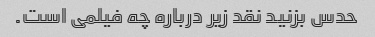
حدس بزنید نقد زیر درباره چه فیلمی است.